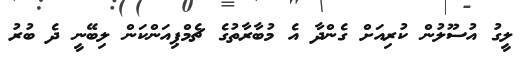
ލީގު އުސޫލުން ކުރިއަށް ގެންދާ އެ މުބާރާތުގެ ޗެމްޕިއަންކަން ލިބޭނީ ދެ ބުރު